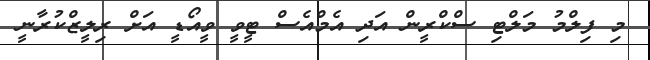
މި ފިލްމު މަލްޓި ސްކްރީން އަދި އެމްއެސް ޓީވީ ވީއޯޑީ އަށް ރިލީޒްކުރާނީ